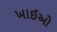
ખાઈઓ